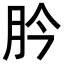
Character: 肣